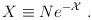
LaTeX: \begin{align*} X\equiv Ne^{-{\cal X}}~. \end{align*}